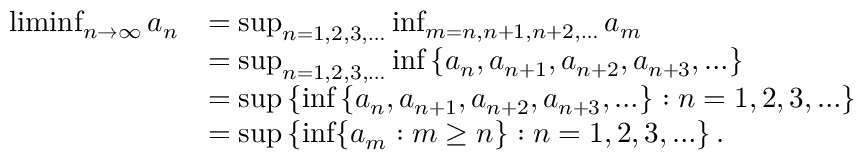
\begin{array} { r l } { \operatorname* { l i m i n f } _ { n \to \infty } a _ { n } } & { = \operatorname* { s u p } _ { n = 1 , 2 , 3 , \ldots } \operatorname* { i n f } _ { m = n , n + 1 , n + 2 , \ldots } a _ { m } } \\ & { = \operatorname* { s u p } _ { n = 1 , 2 , 3 , \ldots } \operatorname* { i n f } \left\{ a _ { n } , a _ { n + 1 } , a _ { n + 2 } , a _ { n + 3 } , \ldots \right\} } \\ & { = \operatorname* { s u p } \left\{ \operatorname* { i n f } \left\{ a _ { n } , a _ { n + 1 } , a _ { n + 2 } , a _ { n + 3 } , \ldots \right\} : n = 1 , 2 , 3 , \ldots \right\} } \\ & { = \operatorname* { s u p } \left\{ \operatorname* { i n f } \{ a _ { m } : m \ge n \} : n = 1 , 2 , 3 , \ldots \right\} . } \end{array}